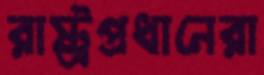
রাষ্ট্রপ্রধানেরা